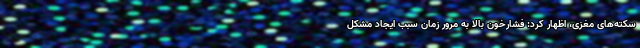
سکته‌های مغزی، اظهار کرد: فشارخون بالا به مرور زمان سبب ایجاد مشکل